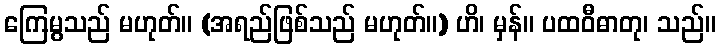
ကြေမွသည် မဟုတ်။ (အရည်ဖြစ်သည် မဟုတ်။) ဟိ၊ မှန်။ ပထဝီဓာတု၊ သည်။